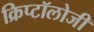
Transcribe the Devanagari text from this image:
क्रिप्टॉलोजी